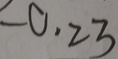
- 0 . 2 3